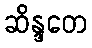
ဆိန္ဒတေ